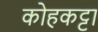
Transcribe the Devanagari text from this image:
कोहकट्टा